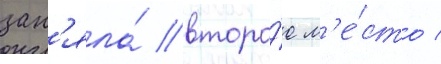
зан'яла́ второ́е м'е́сто /